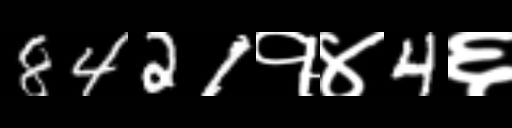
Text: 8421१४4६